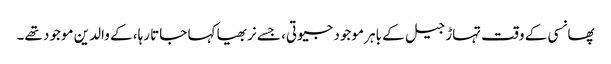
پھانسی کے وقت تہاڑ جیل کے باہر موجود جیوتی، جسے نربھیا کہا جاتا رہا، کے والدین موجود تھے۔